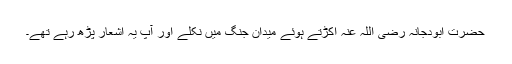
حضرت ابودجانہ رضی اللہ عنہ اکڑتے ہوئے میدان جنگ میں نکلے اور آپ یہ اشعار پڑھ رہے تھے۔